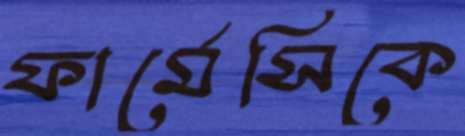
ফার্মেসিকে